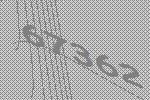
67362